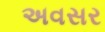
અવસર